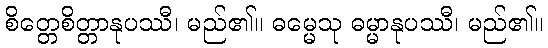
စိတ္တေစိတ္တာနုပဿီ၊ မည်၏။ ဓမ္မေသု ဓမ္မာနုပဿီ၊ မည်၏။